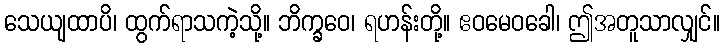
သေယျထာပိ၊ ထွက်ရာသကဲ့သို့။ ဘိက္ခဝေ၊ ရဟန်းတို့။ ဧဝမေဝခေါ၊ ဤအတူသာလျှင်။